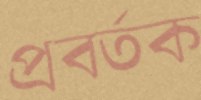
প্রবর্তক